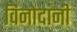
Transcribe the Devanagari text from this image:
विनोदांनी